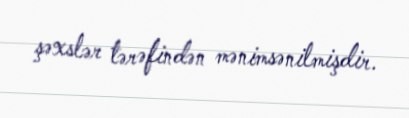
şəxslər tərəfindən mənimsənilmişdir.